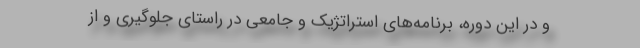
و در این دوره، برنامه‌های استراتژیک و جامعی در راستای جلوگیری و از